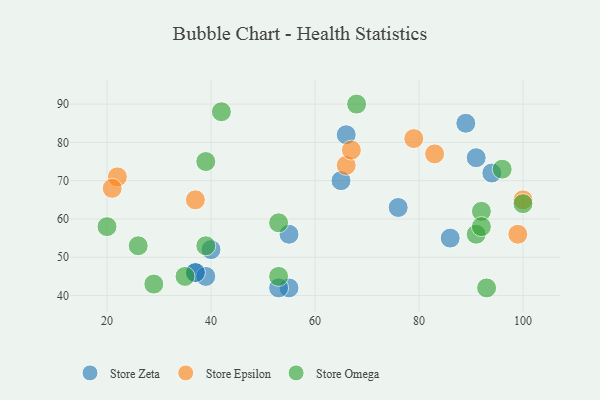
{"axis": {"x": "GDP", "y": "Life Expectancy"}, "legend": ["Store Epsilon", "Store Omega", "Store Zeta"], "data": [{"x": "65", "y": 70, "type": "Store Zeta"}, {"x": "91", "y": 76, "type": "Store Zeta"}, {"x": "55", "y": 42, "type": "Store Zeta"}, {"x": "94", "y": 72, "type": "Store Zeta"}, {"x": "40", "y": 52, "type": "Store Zeta"}, {"x": "37", "y": 46, "type": "Store Zeta"}, {"x": "76", "y": 63, "type": "Store Zeta"}, {"x": "89", "y": 85, "type": "Store Zeta"}, {"x": "39", "y": 45, "type": "Store Zeta"}, {"x": "55", "y": 56, "type": "Store Zeta"}, {"x": "66", "y": 82, "type": "Store Zeta"}, {"x": "37", "y": 46, "type": "Store Zeta"}, {"x": "53", "y": 42, "type": "Store Zeta"}, {"x": "86", "y": 55, "type": "Store Zeta"}, {"x": "66", "y": 74, "type": "Store Epsilon"}, {"x": "67", "y": 78, "type": "Store Epsilon"}, {"x": "22", "y": 71, "type": "Store Epsilon"}, {"x": "83", "y": 77, "type": "Store Epsilon"}, {"x": "79", "y": 81, "type": "Store Epsilon"}, {"x": "100", "y": 65, "type": "Store Epsilon"}, {"x": "21", "y": 68, "type": "Store Epsilon"}, {"x": "37", "y": 65, "type": "Store Epsilon"}, {"x": "99", "y": 56, "type": "Store Epsilon"}, {"x": "68", "y": 90, "type": "Store Omega"}, {"x": "53", "y": 45, "type": "Store Omega"}, {"x": "26", "y": 53, "type": "Store Omega"}, {"x": "39", "y": 53, "type": "Store Omega"}, {"x": "93", "y": 42, "type": "Store Omega"}, {"x": "35", "y": 45, "type": "Store Omega"}, {"x": "29", "y": 43, "type": "Store Omega"}, {"x": "53", "y": 59, "type": "Store Omega"}, {"x": "91", "y": 56, "type": "Store Omega"}, {"x": "42", "y": 88, "type": "Store Omega"}, {"x": "39", "y": 75, "type": "Store Omega"}, {"x": "96", "y": 73, "type": "Store Omega"}, {"x": "20", "y": 58, "type": "Store Omega"}, {"x": "92", "y": 62, "type": "Store Omega"}, {"x": "100", "y": 64, "type": "Store Omega"}, {"x": "92", "y": 58, "type": "Store Omega"}]}